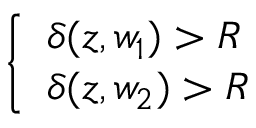
\left\{ \begin{array} { l l } { \delta ( z , w _ { 1 } ) > R } \\ { \delta ( z , w _ { 2 } ) > R } \end{array} \right.